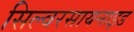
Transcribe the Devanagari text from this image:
सिल्वरसायनाइड